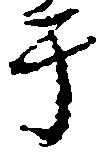
于